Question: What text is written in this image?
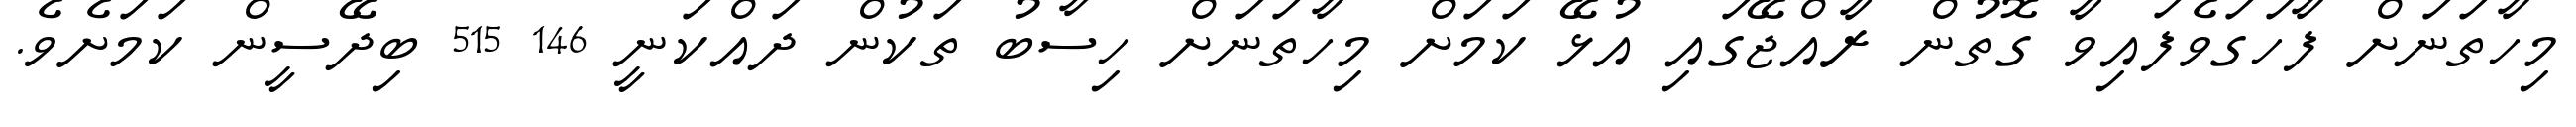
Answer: މިހާތަނަށް ފާހަގަވެފައިވާ ގޮތުން ރާއްޖޭގައި އުޅޭ ކަމަށް މިހާތަނަށް ހިސާބު ތަކުން ދައްކަނީ 146 515 ބިދޭސީން ކަމަށެވެ.